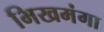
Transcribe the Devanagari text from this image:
भिखमंगा